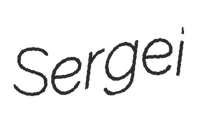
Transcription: Sergei